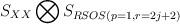
LaTeX: \begin{align*}S_{XX}\bigotimes S_{RSOS(p=1,r=2j+2)}\end{align*}